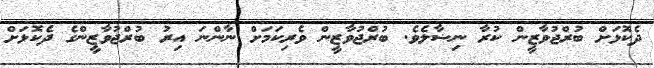
ދެކޮޅަށް ބުރްޖުވާޒީން ކުރާ ނިޟާލެވެ. ބުރްޖުވާޒީން ވެރިކަމަށް ނާންނަ އިރު ބުރްޖުވާޒީންގެ ދެކޮޅަށް